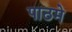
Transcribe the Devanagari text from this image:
पाठमे